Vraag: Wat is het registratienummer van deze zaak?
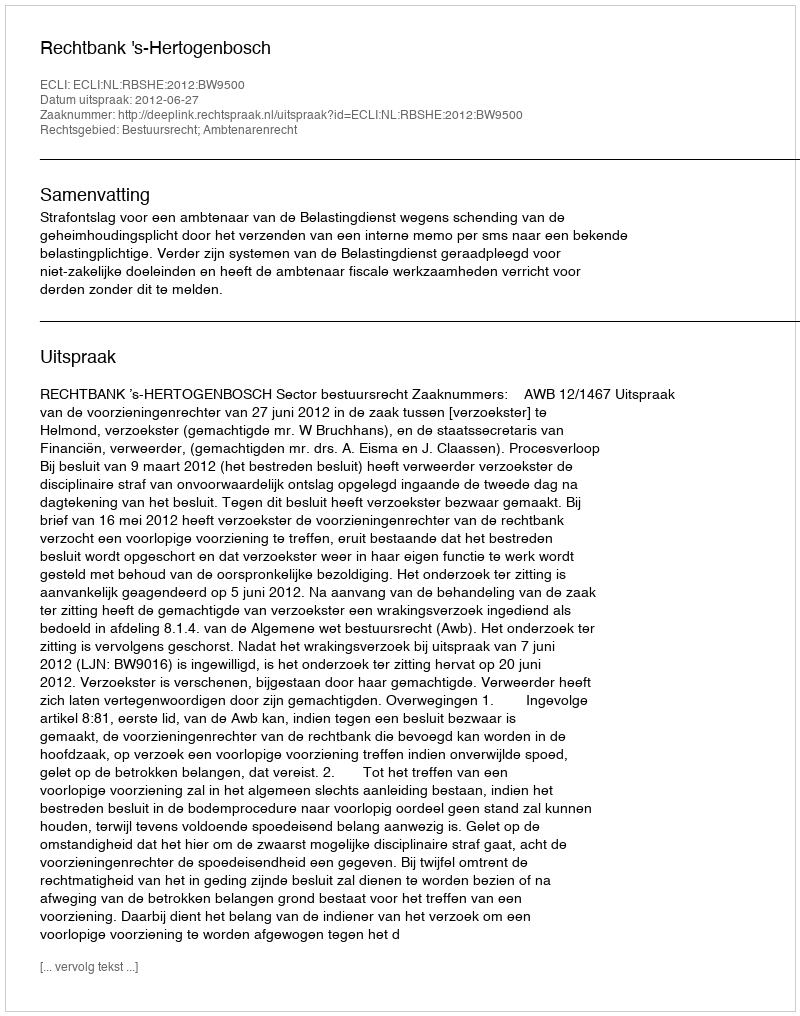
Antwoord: http://deeplink.rechtspraak.nl/uitspraak?id=ECLI:NL:RBSHE:2012:BW9500